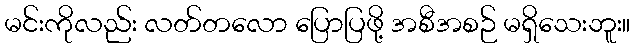
မင်းကိုလည်း လတ်တလော ပြောပြဖို့ အစီအစဉ် မရှိသေးဘူး။